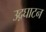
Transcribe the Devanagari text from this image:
उद़घाटन